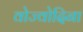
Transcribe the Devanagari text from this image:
वोज्वोदिना